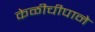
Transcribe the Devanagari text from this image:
केळीचीपाने